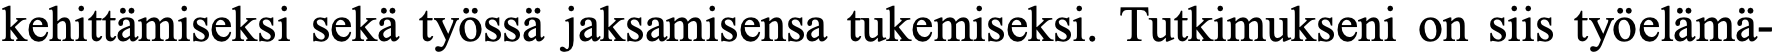
kehittämiseksi sekä työssä jaksamisensa tukemiseksi. Tutkimukseni on siis työelämä-